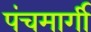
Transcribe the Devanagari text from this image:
पंचमार्गी